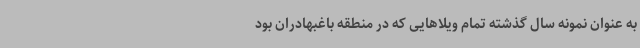
به عنوان نمونه سال گذشته تمام ویلاهایی که در منطقه باغبهادران بود